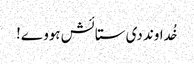
خُداوند دی ستائش ہووے!